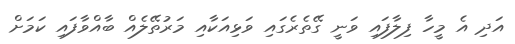
އަދި އެ މީހާ ފިލާފައި ވަނީ ގޭތެރެގައި ވަޅިއަކާއި މަރުތޭލެއް ބާއްވާފައި ކަމަށް